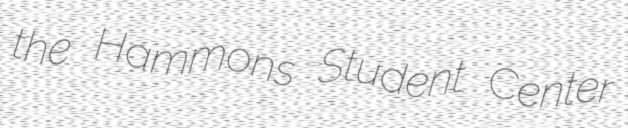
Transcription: the Hammons Student Center